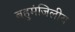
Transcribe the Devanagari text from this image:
बहुमंजिलीय